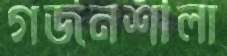
গর্জনশীলা